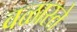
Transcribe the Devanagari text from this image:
वळास्ते